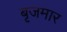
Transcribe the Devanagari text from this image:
बृजमार